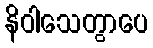
နိဝါသေတွာပေ